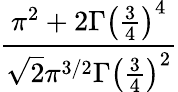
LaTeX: \frac{\pi^{2}+2\Gamma\left({\frac{3}{4}}\right)^{4}}{{\sqrt{2}}\pi^{3/2}\Gamma\left({\frac{3}{4}}\right)^{2}}